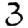
Digit: 3